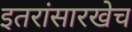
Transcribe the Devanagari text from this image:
इतरांसारखेच